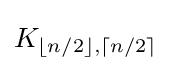
K_{\lfloor n/2\rfloor ,\lceil n/2\rceil }